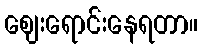
ဈေးရောင်းနေရတာ။